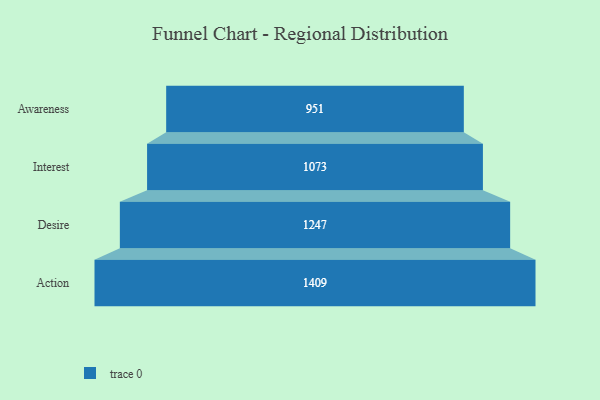
{"axis": {"x": "Stage", "y": "Value"}, "legend": [""], "data": [{"x": "Awareness", "y": 951.0, "type": ""}, {"x": "Interest", "y": 1073.0, "type": ""}, {"x": "Desire", "y": 1247.0, "type": ""}, {"x": "Action", "y": 1409.0, "type": ""}]}